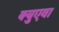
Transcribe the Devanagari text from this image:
क्युएवा